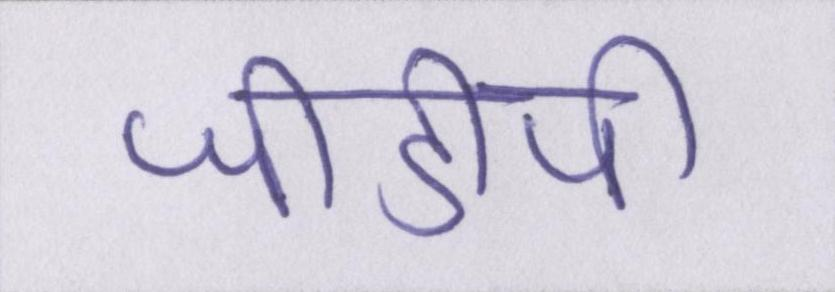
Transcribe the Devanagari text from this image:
जीडीपी